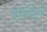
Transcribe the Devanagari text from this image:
संस्थेमुळे